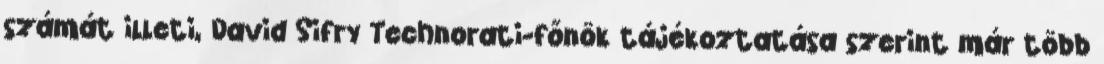
számát illeti, David Sifry Technorati-főnök tájékoztatása szerint már több